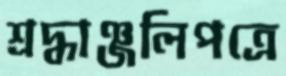
শ্রদ্ধাঞ্জলিপত্রে